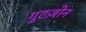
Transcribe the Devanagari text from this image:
गुटज़ोन